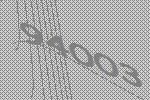
94003